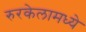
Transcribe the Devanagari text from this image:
रुरकेलामध्ये